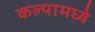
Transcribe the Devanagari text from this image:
कल्पामध्ये